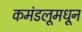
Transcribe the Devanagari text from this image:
कमंडलूमधून